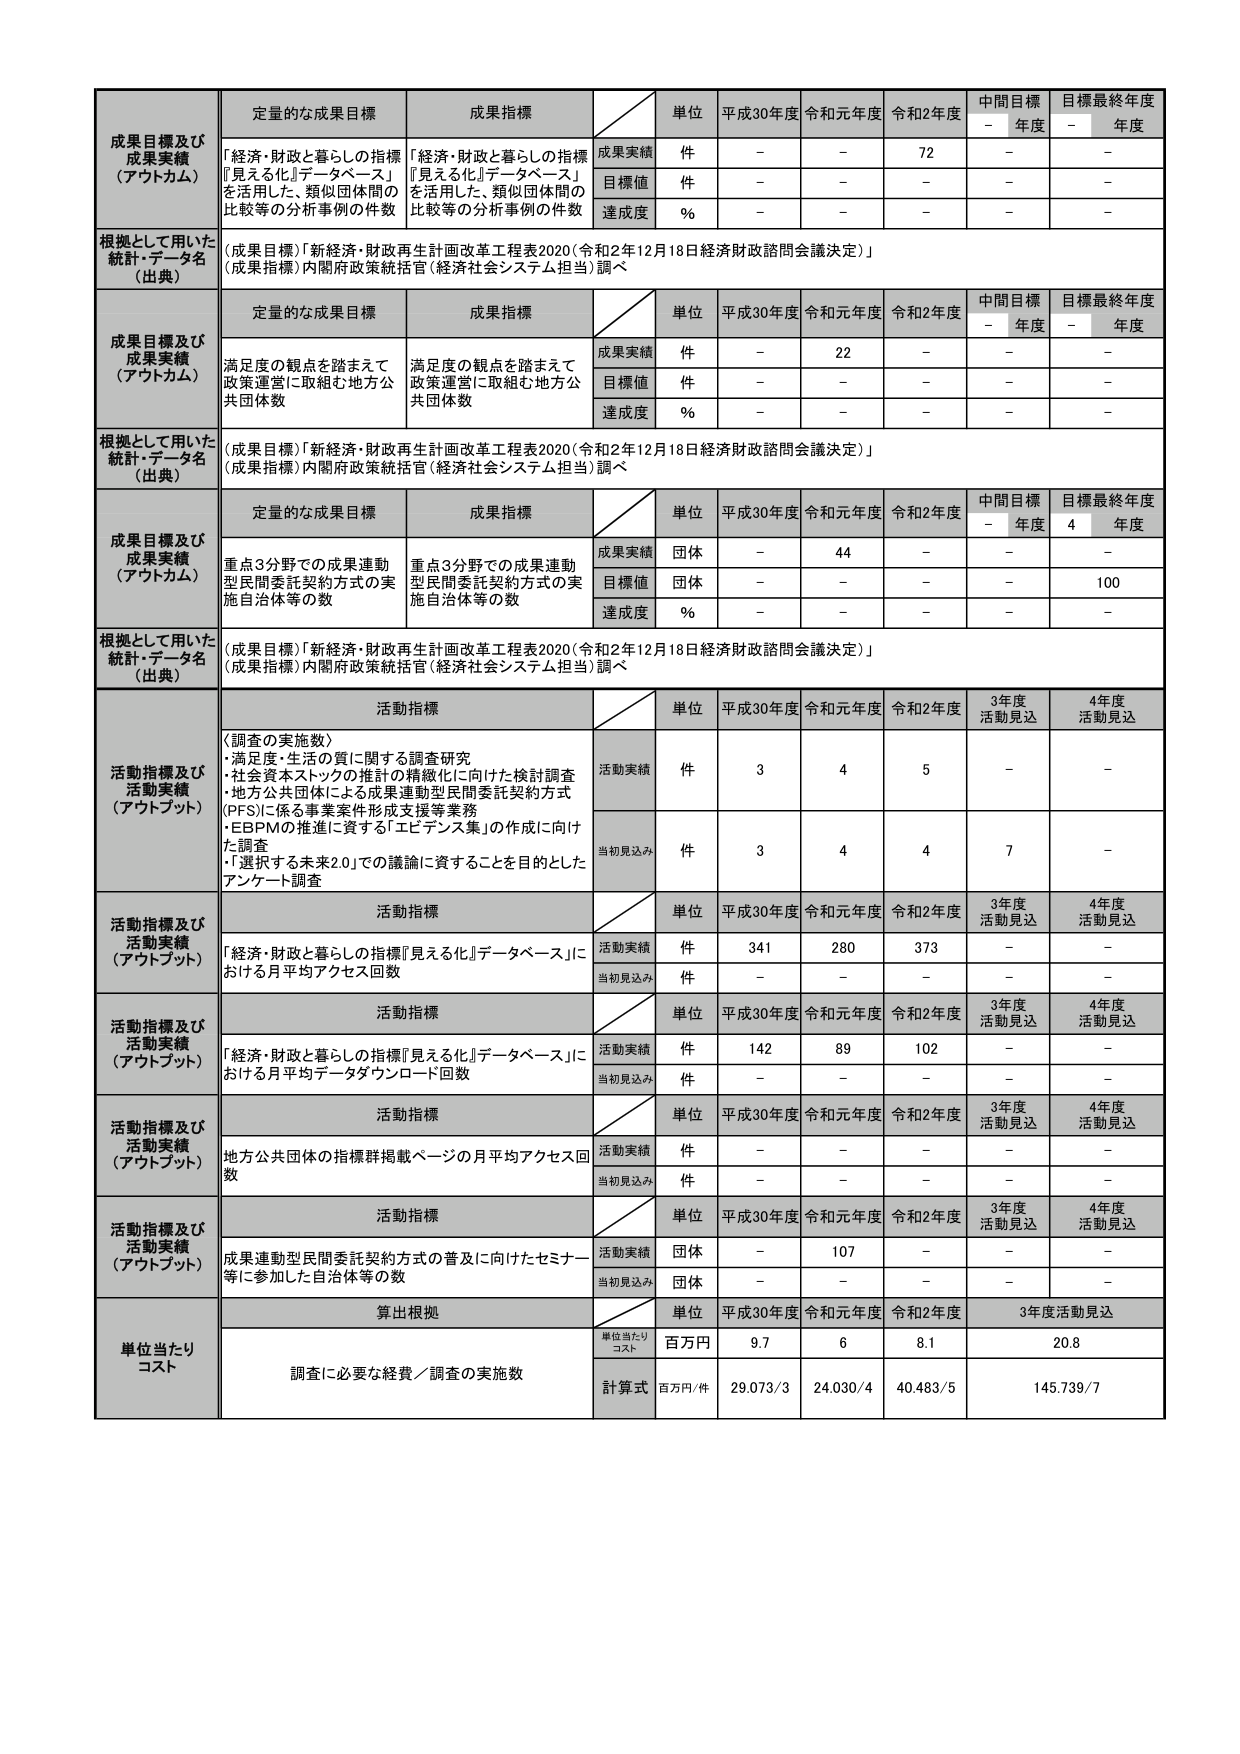
成果目標及び
成果実績
（アウトカム）
定量的な成果目標
成果指標
単位
平成30年度
令和元年度
令和2年度
中間目標
－年度
目標最終年度
－年度
「経済・財政と暮らしの指標『見える化』データベース」を活用した、類似団体間の比較等の分析事例の件数
「経済・財政と暮らしの指標『見える化』データベース」を活用した、類似団体間の比較等の分析事例の件数
成果実績
件
－
－
72
－
－
目標値
件
－
－
－
－
－
達成度
％
－
－
－
－
－
根拠として用いた
統計・データ名
（出典）
（成果目標）「新経済・財政再生計画改革工程表2020（令和2年12月18日経済財政諮問会議決定）」
（成果指標）内閣府政策統括官（経済社会システム担当）調べ

成果目標及び
成果実績
（アウトカム）
定量的な成果目標
成果指標
単位
平成30年度
令和元年度
令和2年度
中間目標
－年度
目標最終年度
－年度
満足度の観点を踏まえて政策運営に取組む地方公共団体数
満足度の観点を踏まえて政策運営に取組む地方公共団体数
成果実績
件
－
22
－
－
－
目標値
件
－
－
－
－
－
達成度
％
－
－
－
－
－
根拠として用いた
統計・データ名
（出典）
（成果目標）「新経済・財政再生計画改革工程表2020（令和2年12月18日経済財政諮問会議決定）」
（成果指標）内閣府政策統括官（経済社会システム担当）調べ

成果目標及び
成果実績
（アウトカム）
定量的な成果目標
成果指標
単位
平成30年度
令和元年度
令和2年度
中間目標
－年度
目標最終年度
4年度
重点3分野での成果連動型民間委託契約方式の実施自治体等の数
重点3分野での成果連動型民間委託契約方式の実施自治体等の数
成果実績
団体
－
44
－
－
－
目標値
団体
－
－
－
－
100
達成度
％
－
－
－
－
－
根拠として用いた
統計・データ名
（出典）
（成果目標）「新経済・財政再生計画改革工程表2020（令和2年12月18日経済財政諮問会議決定）」
（成果指標）内閣府政策統括官（経済社会システム担当）調べ

活動指標及び
活動実績
（アウトプット）
活動指標
単位
平成30年度
令和元年度
令和2年度
3年度
活動見込
4年度
活動見込
〈調査の実施数〉
・満足度・生活の質に関する調査研究
・社会資本ストックの推計の精緻化に向けた検討調査
・地方公共団体による成果連動型民間委託契約方式（PFS）に係る事業案件形成支援等業務
・EBPMの推進に資する「エビデンス集」の作成に向けた調査
・「選択する未来2.0」での議論に資することを目的としたアンケート調査
活動実績
件
3
4
5
－
－
当初見込み
件
3
4
4
7
－

活動指標及び
活動実績
（アウトプット）
活動指標
単位
平成30年度
令和元年度
令和2年度
3年度
活動見込
4年度
活動見込
「経済・財政と暮らしの指標『見える化』データベース」における月平均アクセス回数
活動実績
件
341
280
373
－
－
当初見込み
件
－
－
－
－
－

活動指標及び
活動実績
（アウトプット）
活動指標
単位
平成30年度
令和元年度
令和2年度
3年度
活動見込
4年度
活動見込
「経済・財政と暮らしの指標『見える化』データベース」における月平均データダウンロード回数
活動実績
件
142
89
102
－
－
当初見込み
件
－
－
－
－
－

活動指標及び
活動実績
（アウトプット）
活動指標
単位
平成30年度
令和元年度
令和2年度
3年度
活動見込
4年度
活動見込
地方公共団体の活動群掲載ページの月平均アクセス回数
活動実績
件
－
－
－
－
－
当初見込み
件
－
－
－
－
－

活動指標及び
活動実績
（アウトプット）
活動指標
単位
平成30年度
令和元年度
令和2年度
3年度
活動見込
4年度
活動見込
成果連動型民間委託契約方式の普及に向けたセミナー等に参加した自治体等の数
活動実績
団体
－
107
－
－
－
当初見込み
団体
－
－
－
－
－

単位当たり
コスト
算出根拠
単位
平成30年度
令和元年度
令和2年度
3年度活動見込
調査に必要な経費／調査の実施数
単位当たりコスト
百万円
9.7
6
8.1
20.8
計算式
百万円/件
29.073/3
24.030/4
40.483/5
145.739/7